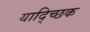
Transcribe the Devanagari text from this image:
याद्च्छिक